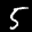
Label: 5